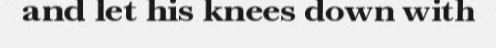
and let his knees down with